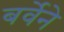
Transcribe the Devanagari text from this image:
बर्वेने